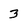
Character: 3